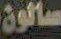
سالون